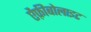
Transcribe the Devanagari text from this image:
ऐंफ़ीबोलाइट